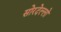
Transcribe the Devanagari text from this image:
सोरदेल्लो